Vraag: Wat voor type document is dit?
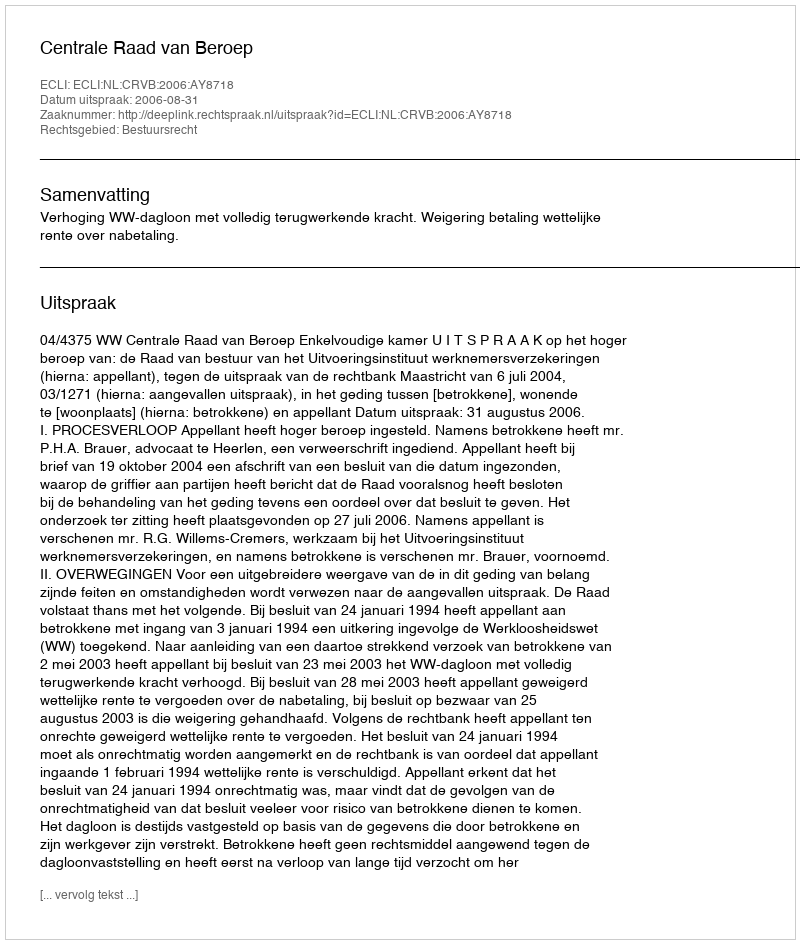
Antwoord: Uitspraak